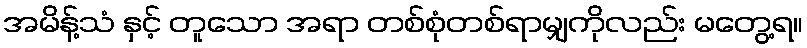
အမိန့်သံ နှင့် တူသော အရာ တစ်စုံတစ်ရာမျှကိုလည်း မတွေ့ရ။